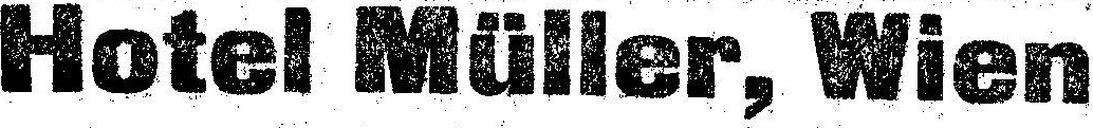
Hotel Müller, Wien